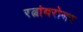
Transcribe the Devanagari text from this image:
रत्नांबरोबर